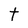
Character: t